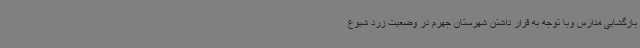
بازگشایی مدارس وبا توجه به قرار داشتن شهرستان جهرم در وضعیت زرد شیوع